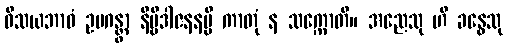
ဝိသယဘာဝံ ဥပဂန္တွာ နိဗ္ဗိဒါဇနနမ္ပိ ကာတုံ န သက္ကောတိ။ အညေသု ဟိ ခန္ဓေသု